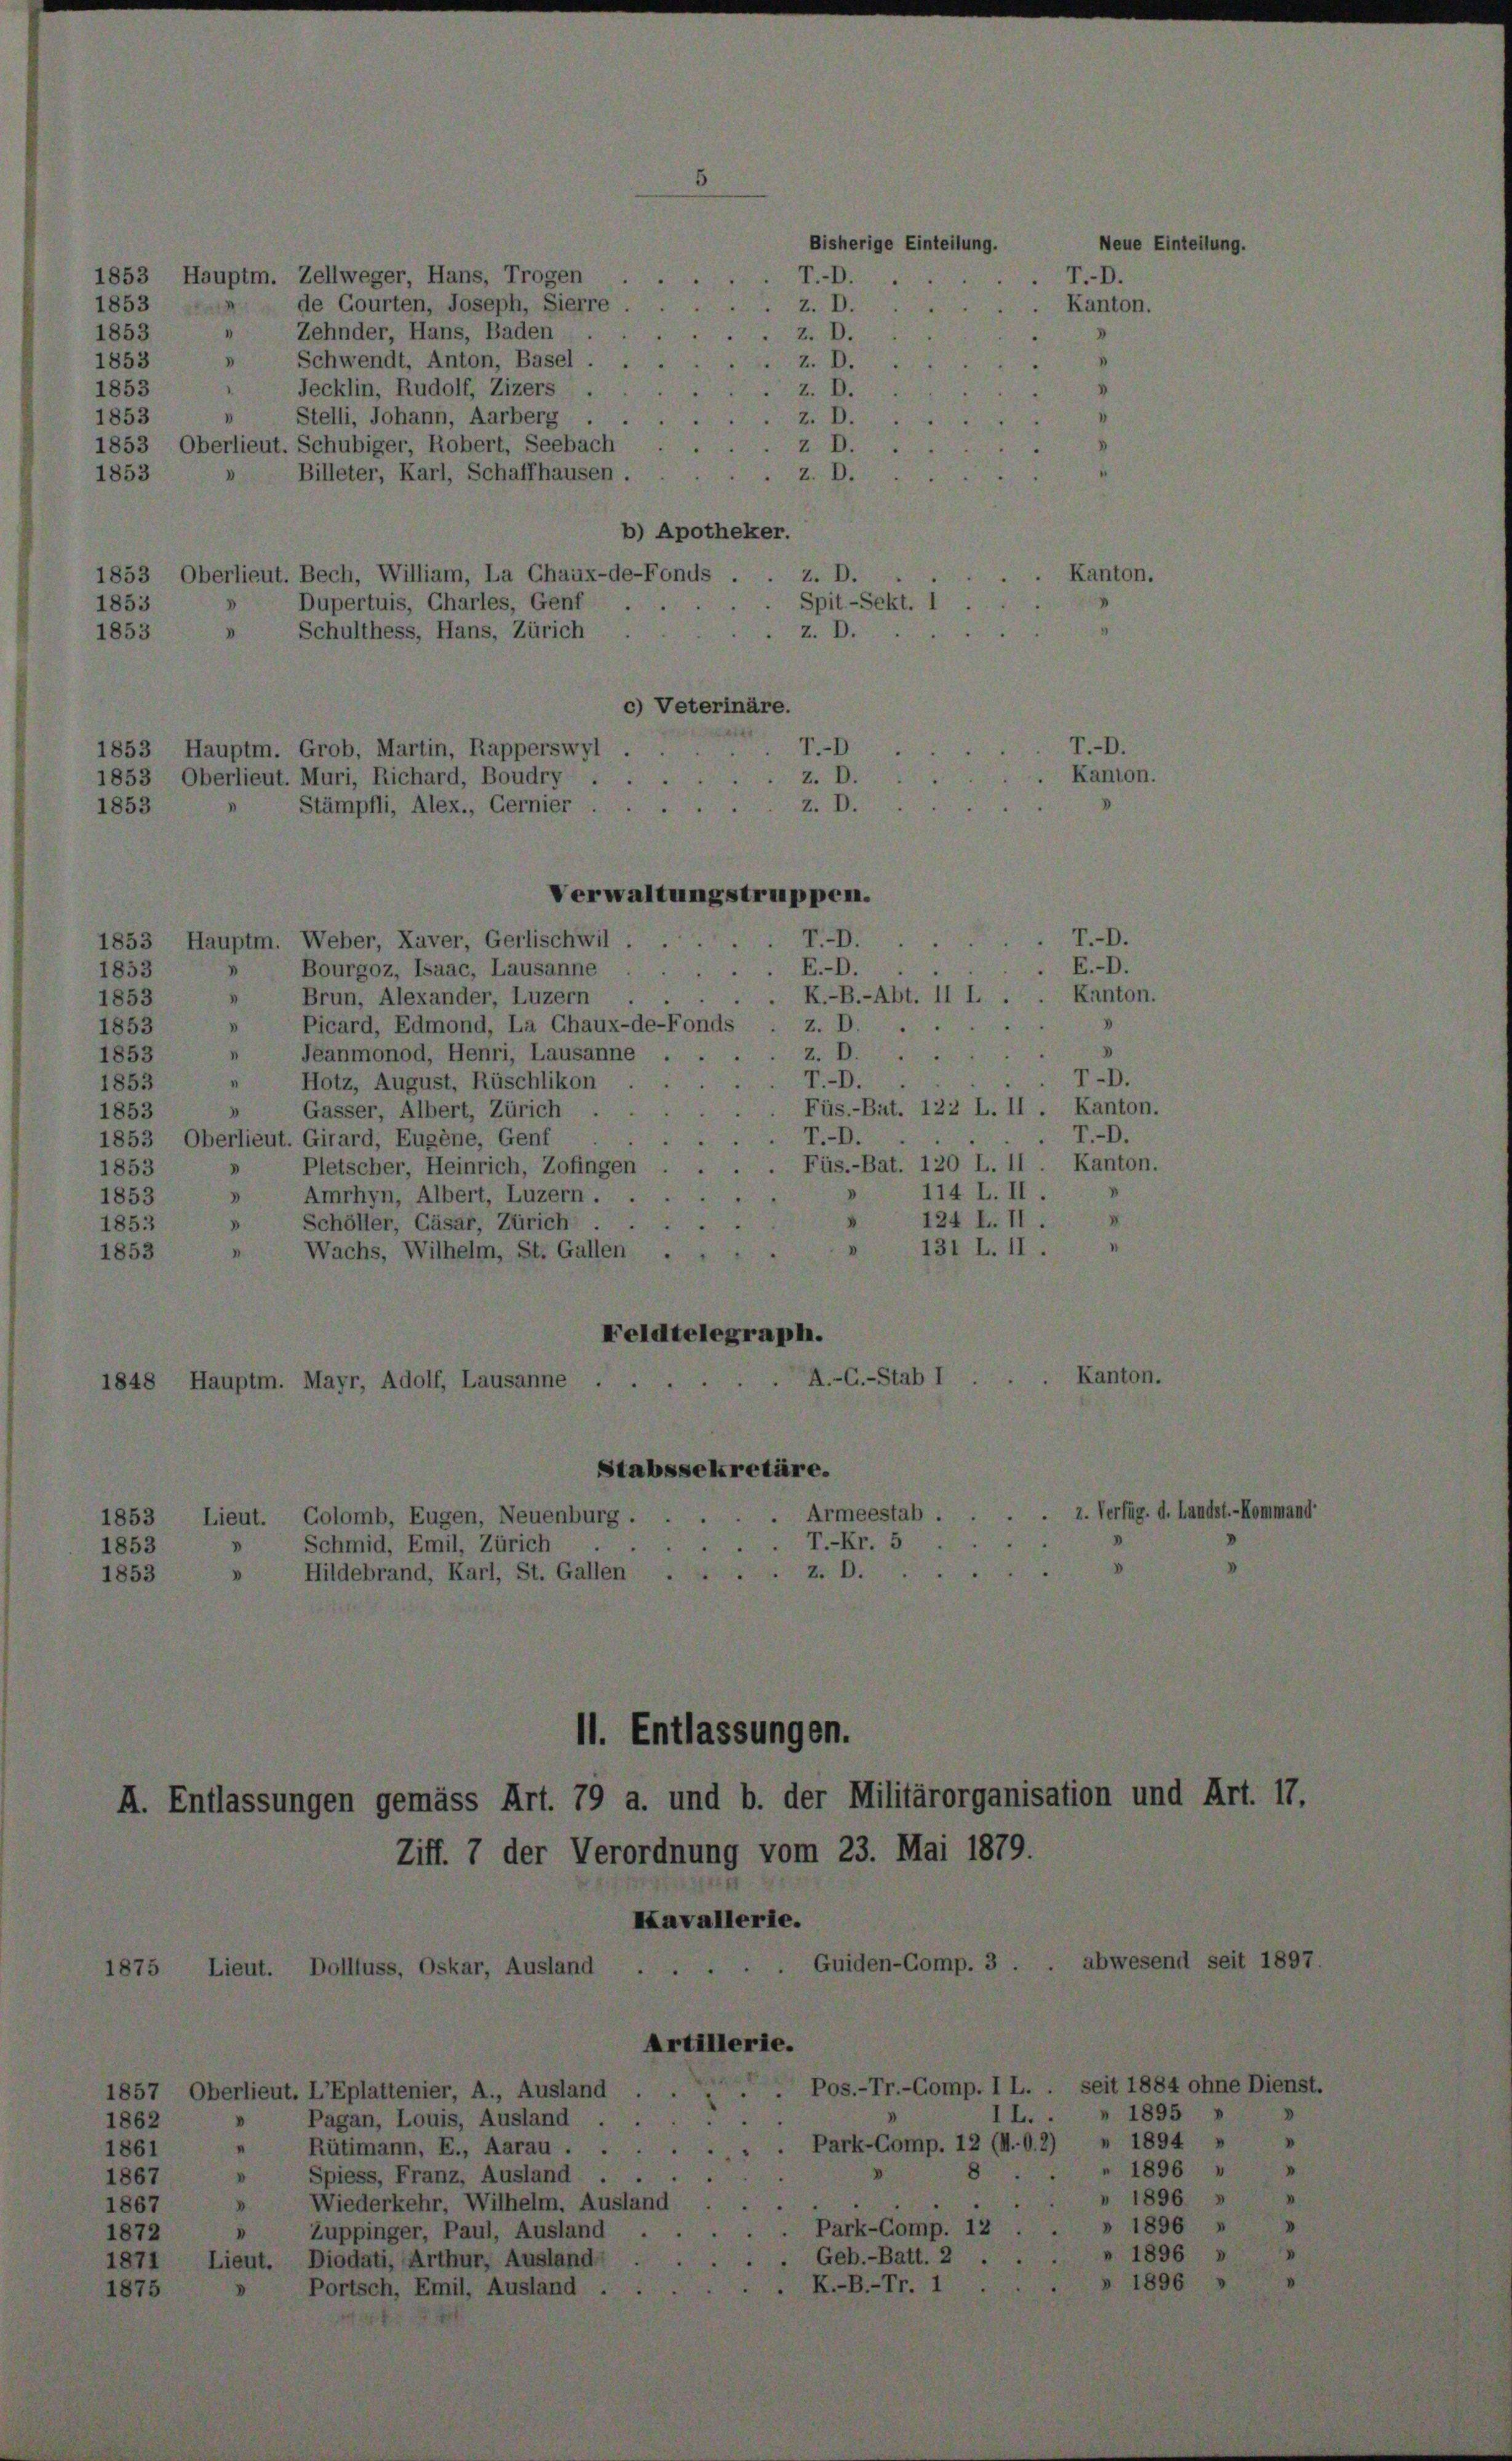
1853
1853
1853
1853
1853
1853
1853

Zellweger, Hans, Trogen
de Courten, Joseph, Sierre
Zehnder, Hans, Baden

Jecklin, Rudolf, Zizers
Stelli, Johann, Aarberg .
ut. Schubiger, Robert, Seebach
Billeter, Karl, Schaffhausen.

hwendt, Anton, Basel
.
Bech, William, La Chaux-de
Dupertuis, Charles, Genf
Schulthess, Hans, Zürich
c

Trob, Martin, Rapperswy
uri, Richard, Boudry

Hauptm. Weber, Kaver, Gerlischwil
E
Bourgoz, Isaac, Lausanne
d
1
Brun, Alexander, Luzern
“
Picard, Edmond, La Chaux-de-Fonds
.
t
 Jeanmonod, Henri, Lausanne
.
Hotz, August, Rüschlikon
1
Gasser, Albert, Zürich
3
Oberlieut. Girard, Eugene, Genf
Pletscher, Heinrich, Zofingen
E
D
Amrhyn, Albert, Luzern
Schöller, Cäsar, Zürich
D
Wachs, Wilhelm, St. Gallen .
.
Feldtelegraph

d

f, I

1.

omb, Eugen, Neu
mid, Emil, Zürich

ff. 7 der

Gernier

Veror

Stabss

) Apoth

Verwaltungstrup

ekretär,

Entlassungen

e

nung vom 23. Mai

und b. der Militärorgan

87